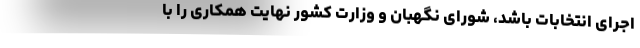
اجرای انتخابات باشد، شورای نگهبان و وزارت کشور نهایت همکاری را با